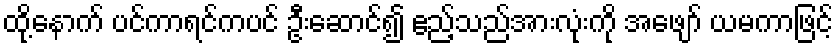
ထို့နောက် ပင်ကာရင်ကပင် ဦးဆောင်၍ ဧည့်သည်အားလုံးကို အဖျော် ယမကာဖြင့်